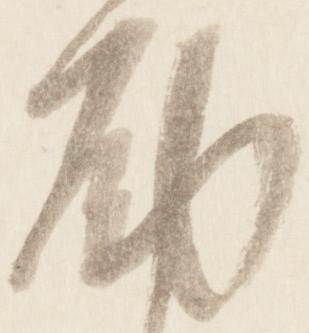
励